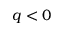
q < 0